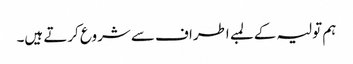
ہم تولیہ کے لمبے اطراف سے شروع کرتے ہیں۔